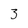
Character: 3